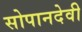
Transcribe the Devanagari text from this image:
सोपानदेवी